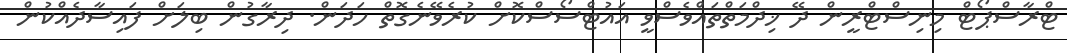
ޓްރާސްޕޯޓް މިނިސްޓްރީން ދޭ ޚިދްމަތްތައްވެސްވީ އައުޓްސޯސްކޮށް ކުރެވޭނެގޮތް ހަދަން. ދިރާގުން ބިލަށް ފައިސާދެއްކުން